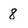
Character: 8